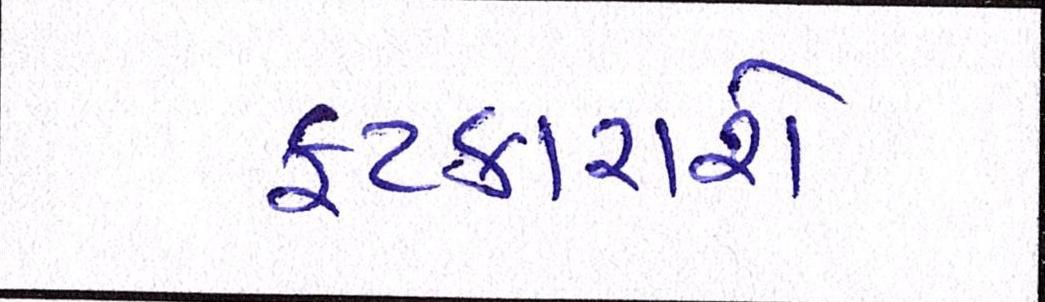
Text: ફટકારાશે